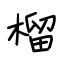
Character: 榴